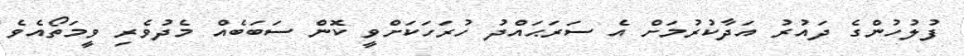
ފުލުހުންގެ ދައުރު އަދާކުރުމަށް އެ ސަރަޙައްދު ހުރަހަކަށްވީ ކޮން ސަބަބެއް މެދުވެރި ވީމަތޯއެވެ